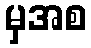
မှအစ